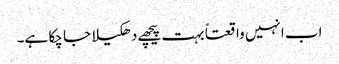
اب انہیں واقعتاً بہت پیچھے دھکیلا جا چکا ہے۔